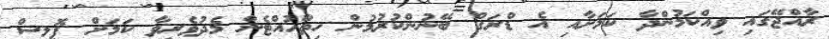
ރާއްޖޭގައި ވިއްކަމުންދާ ކަމަށާއި އެ ޑްރަގް ބޭނުންކުރުމުން ހިތްހުއްޓެން މެދުވެރިވާ ކަމަށް ޕޮލިސް